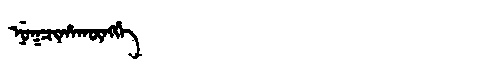
Manchu: ᠨᡠᡴᠴᡳᡥᠠᡴᡡᠩᡤᡝ
Romanization: NUKCIHAKŪNGGE